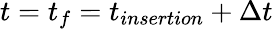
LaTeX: t=t_{f}=t_{insertion}+\Delta t